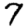
Digit: 7